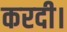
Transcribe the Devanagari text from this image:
करदी।